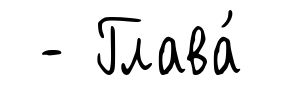
- Глава́